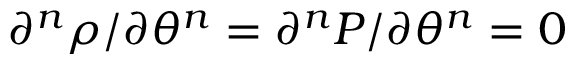
\partial ^ { n } \rho / \partial \theta ^ { n } = \partial ^ { n } P / \partial \theta ^ { n } = 0